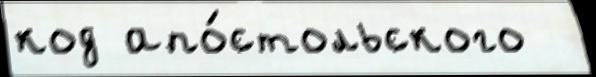
код апо́стольского